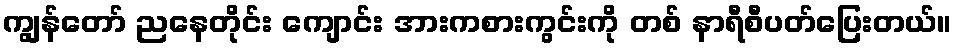
ကျွန်တော် ညနေတိုင်း ကျောင်း အားကစားကွင်းကို တစ် နာရီစီပတ်ပြေးတယ်။